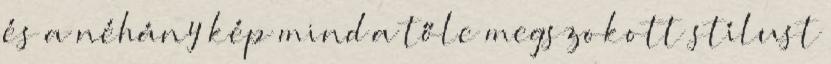
és a néhány kép mind a tőle megszokott stílust